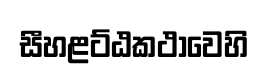
සීහළට්ඨකථාවෙහි